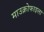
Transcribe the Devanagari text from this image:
माउक्रोफाइला